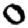
Digit: 0